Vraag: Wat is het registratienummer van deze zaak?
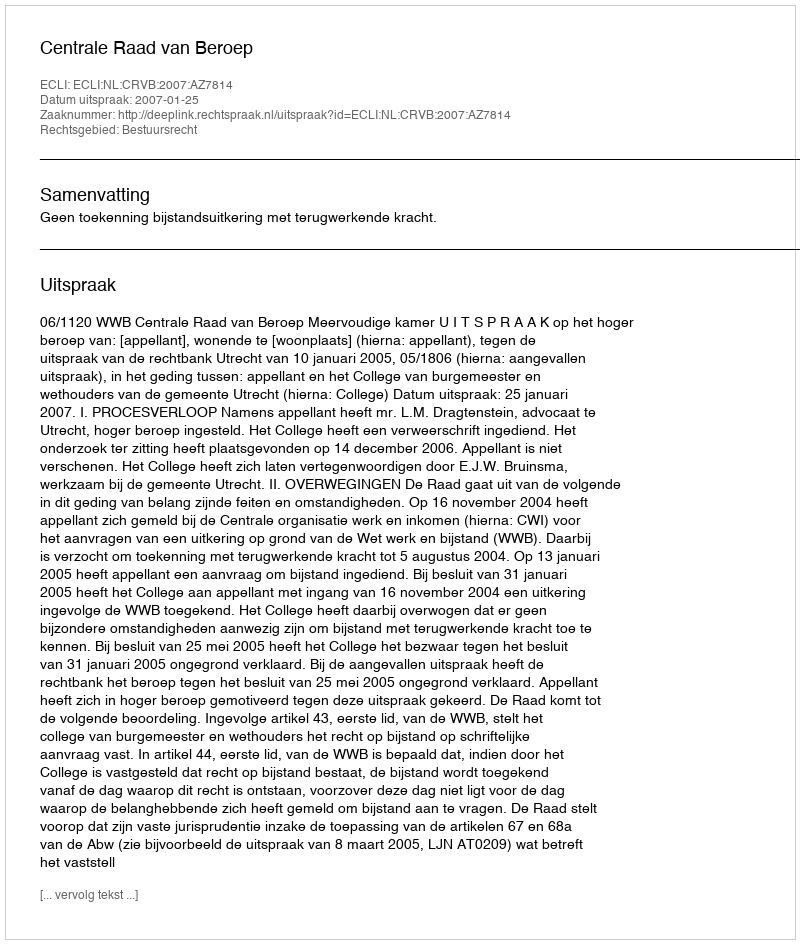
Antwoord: http://deeplink.rechtspraak.nl/uitspraak?id=ECLI:NL:CRVB:2007:AZ7814